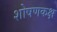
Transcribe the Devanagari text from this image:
शोषणकक्ष